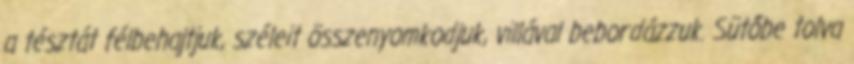
a tésztát félbehajtjuk, széleit összenyomkodjuk, villával bebordázzuk. Sütőbe tolva